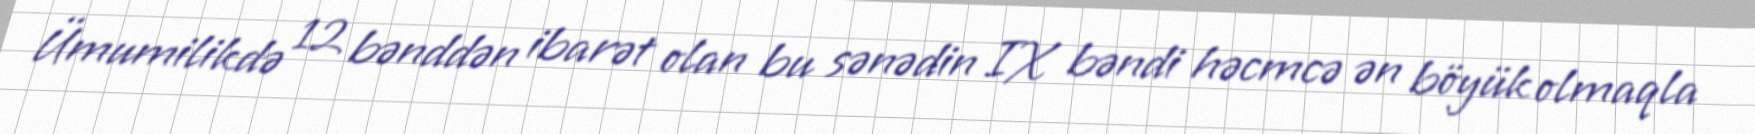
Ümumilikdə 12 bənddən ibarət olan bu sənədin IX bəndi həcmcə ən böyük olmaqla